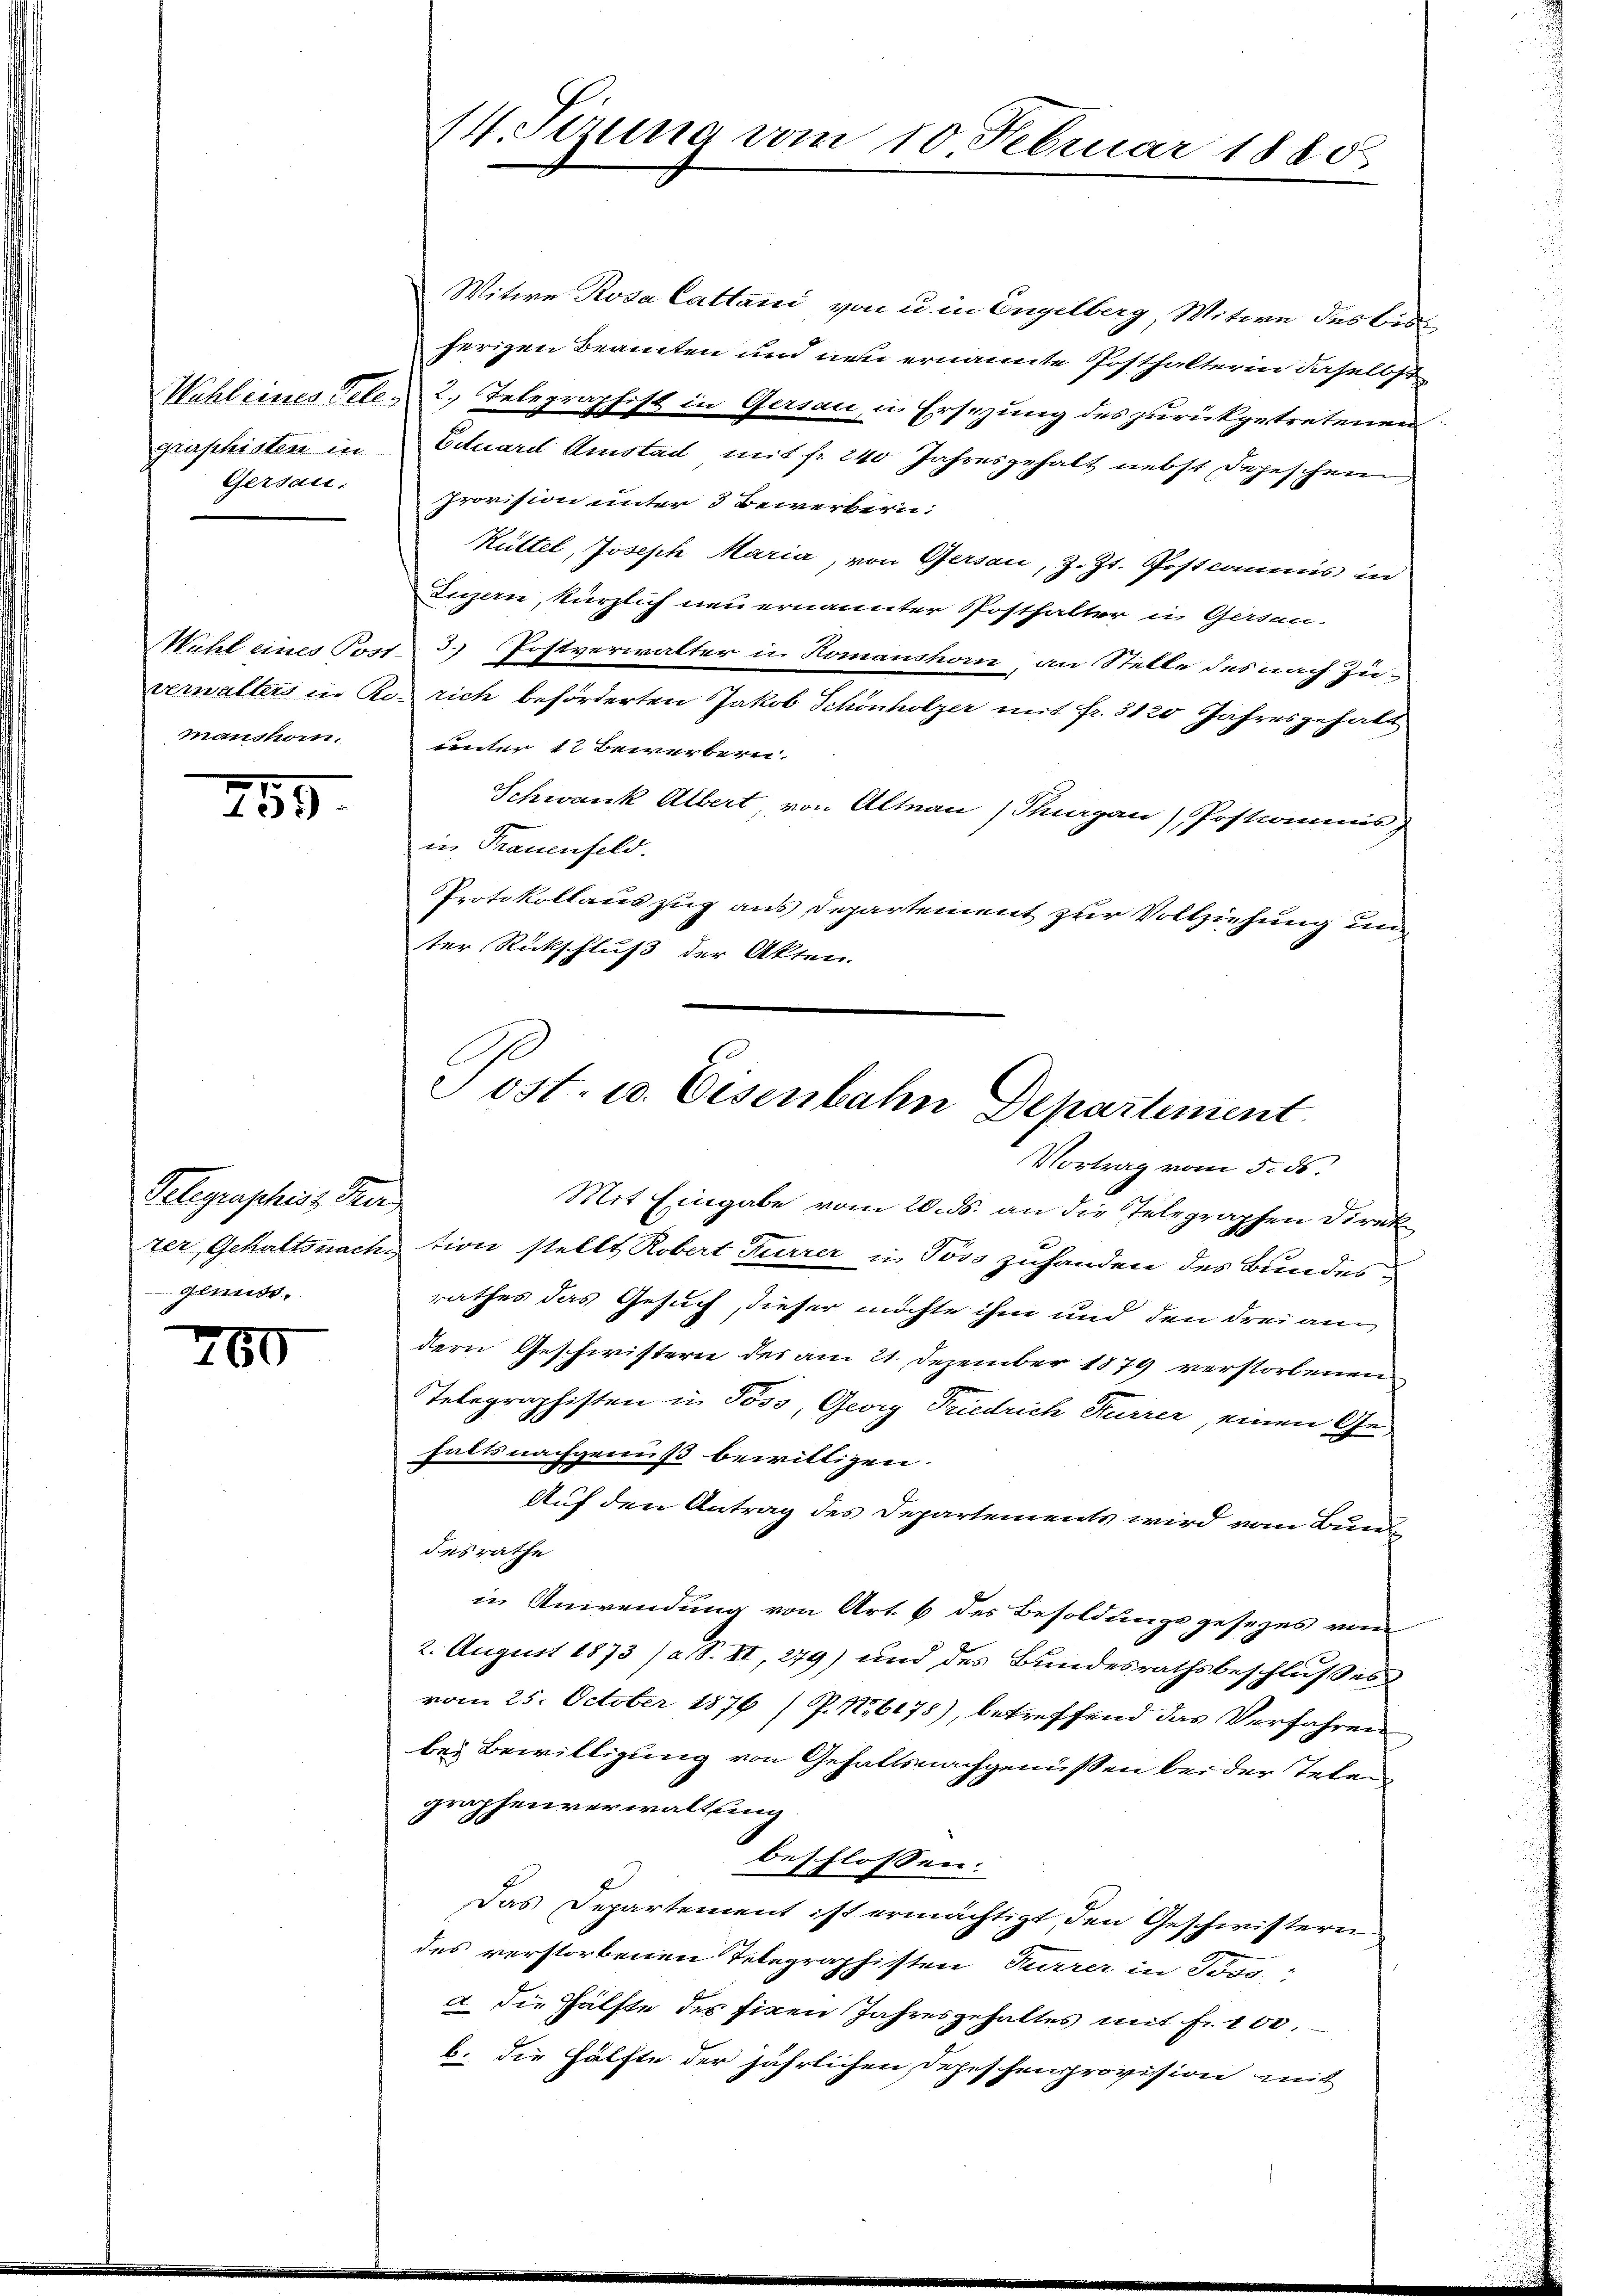
Gersau:

manshom.

780

755

Witwe Rosa Cattani, von u. in Engelberg, Witwe des Bruherigen Beamten und neu ernannte Posthalterin daselbst
Wahl eines Tele. 2. Telegraphist in Gersau, in Ersezung des zurückgetretenen
grististen in Eduard Amstad mit fr. 240 Jahresgehalt nebst Depeschen
Provision unter 3 Bewerbern:
Küttel, Joseph Maria, von Gersau, z. Zt. Postcommis in
Luzern, kürzlich neu ernannter Posthalter in Gessen-
Wahl eines Post 3. Postverwalter in Homanshorn, an Stelle des nach Züverwalters in Ko- rich beförderten Jakob Schönholzer mit fr. 3120 Jahresgehalt
unter 12 Bewerbern.
Schwank Albert, von Altnau (Thurgau) Postianus
in Trauenfeld.
Protokollauszug aus Departement zur Vollziehung und
ter Rückschluß der Akten.
n
Mit Eingabe vom 20. ds. an die Telegraphen Direk
zer, Gehaltsnach tion stellt Robert Furrer in Poss zuhanden des Bundesrathes das Gesuch, dieser möchte ihm und den drei andern Geschwistern des am 21. Dezember 1879 verstorbenen
Telegraphisten in Poss, Georg Friedrich Furrer, einen Gehalts nachgenuß bewilligen.
Auf den Antrag des Departements wird vom Bunde
desrathe
in Anwendung von Art. 6 des Besoldungsgesezes vom
2. August 1873 /a S. II, 279) und des Bundesrathsbeschlußes
vom 25. October 1876 /P. No 675), betreffend das Verfahren
bei Bewilligung von Gehaltsnachgenüssen bei der Telen
graphenverwaltung
beschlossen:
Das Departement ist ermächtigt, den Geschwistern
des verstorbenen Telegraphisten Furrer in Joso
a. die Hälfte des fixen Jahresgehaltes mit fr. 100.
b. die Hälfte der jährlichen Depeschenprovision mit

Gelegraphis, Her
Genuss.

14. Tizung vom 10. Februar 1885.

Sost. u. Eisenbahn Departement
Vortrag vom 5. ds.